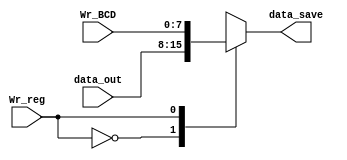
`timescale 1ns / 1ps
//////////////////////////////////////////////////////////////////////////////////
// Company: 
// Engineer: 
// 
// Design Name: 
// Module Name:    mux_reg 
// Project Name: 
// Target Devices: 
// Tool versions: 
// Description: 
//
// Dependencies: 
//
// Revision: 
// Revision 0.01 - File Created
// Additional Comments: 
//
//////////////////////////////////////////////////////////////////////////////////
module mux_reg(
	input wire [7:0] data_out, Wr_BCD,
	input wire Wr_reg,
	output reg [7:0] data_save
    );

always @*
	case (Wr_reg)
		1'b0: data_save = data_out;
		1'b1: data_save = Wr_BCD;
	endcase
	
endmodule